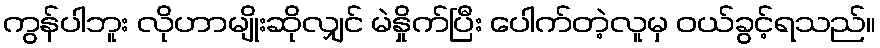
ကွန်ပါဘူး လိုဟာမျိုးဆိုလျှင် မဲနှိုက်ပြီး ပေါက်တဲ့လူမှ ဝယ်ခွင့်ရသည်။